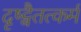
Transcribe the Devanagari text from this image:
दृष्ट्वैतत्कर्म